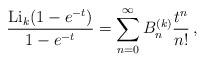
LaTeX: \begin{align*} \frac{{\rm Li}_k(1-e^{-t})}{1-e^{-t}}=\sum_{n=0}^\infty B_n^{(k)}\frac{t^n}{n!}\,, \end{align*}